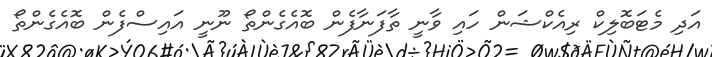
އަދި މެޓަބޮލިކް ރިއެކްޝަން ހައި ވާނީ ތާފަނާފެން ބޮއެގެންތޯ ނޫނީ އައިސްފެން ބޮއެގެންތޯ